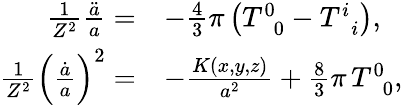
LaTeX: \begin{array}{rl}{\frac{1}{Z^{2}}\frac{\ddot{a}}{a}=}&{-\frac{4}{3}\pi\left(T_{\, \, \, 0}^{0}-T_{\, \, \, i}^{i}\right),}\\ {\frac{1}{Z^{2}}\left(\frac{\dot{a}}{a}\right)^{2}=}&{-\frac{K\left(x,y,z\right)}{a^{2}}+\frac{8}{3}\pi\, T_{\, \, \, 0}^{0},}\end{array}